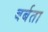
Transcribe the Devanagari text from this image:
बर्बता